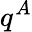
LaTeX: q^{A}